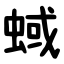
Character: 蜮